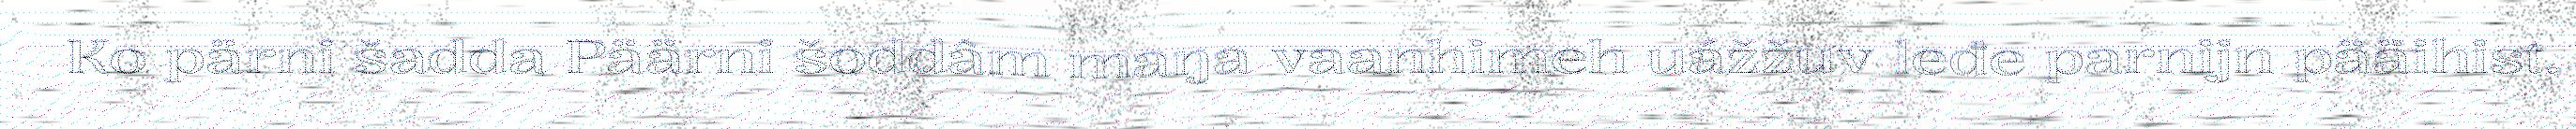
Ko pärni šadda Päärni šoddâm maŋa vaanhimeh uážžuv leđe parnijn pääihist.